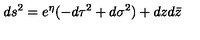
d s ^ { 2 } = e ^ { \eta } ( - d \tau ^ { 2 } + d \sigma ^ { 2 } ) + d z d \bar { z }